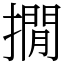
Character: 撊